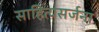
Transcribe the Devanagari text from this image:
साहित्यसर्जना